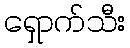
ရှောက်သီး